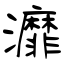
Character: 灖